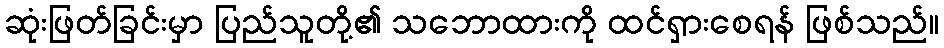
ဆုံးဖြတ်ခြင်းမှာ ပြည်သူတို့၏ သဘောထားကို ထင်ရှားစေရန် ဖြစ်သည်။